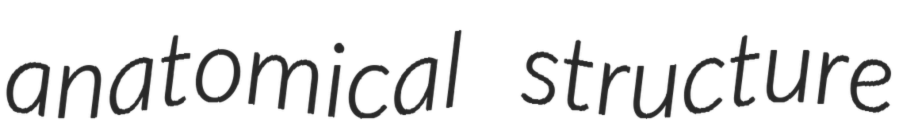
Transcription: anatomical structure